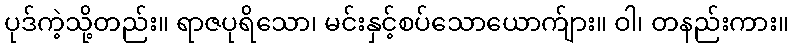
ပုဒ်ကဲ့သို့တည်း။ ရာဇပုရိသော၊ မင်းနှင့်စပ်သောယောက်ျား။ ဝါ၊ တနည်းကား။